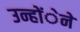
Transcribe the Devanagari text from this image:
उन्होंेने